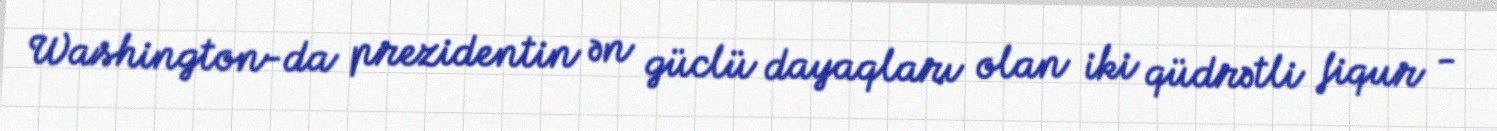
Washington-da prezidentin ən güclü dayaqları olan iki qüdrətli fiqur -